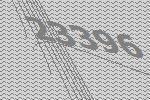
23396